Annual report of the Bengal Veterinary College and of the Civil Veterinary Department, Bengal, for the year 1909-1910 - 1909-1910
Year: 1909
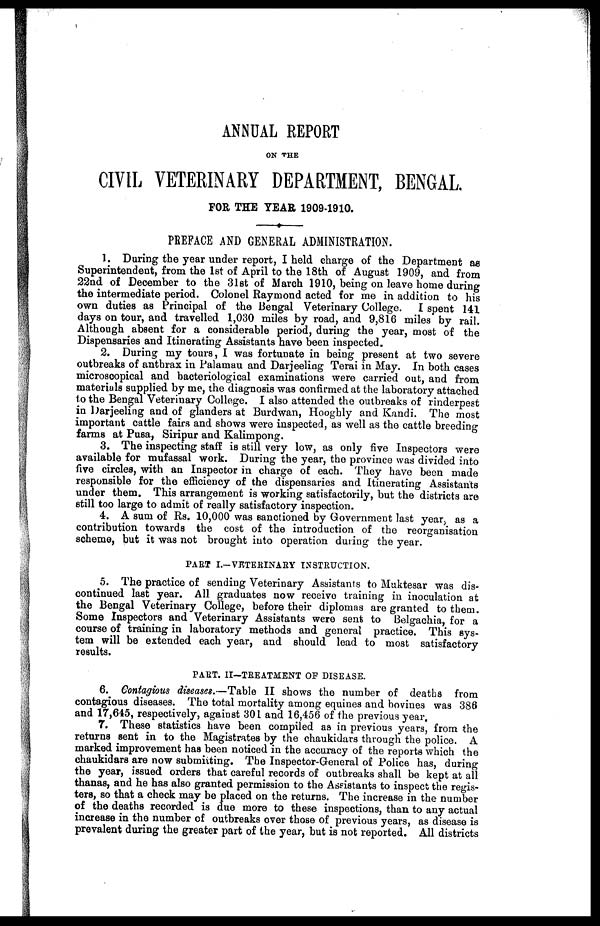
ANNUAL REPORT
ON THE
CIVIL VETERINARY DEPARTMENT, BENGAL
FOR THE YEAR 1909-1910.
PREFACE AND GENERAL ADMINISTRATION.
1. During the year under report, I held charge of the Department as
Superintendent, from the 1st of April to the 18th of August 1909, and from
22nd of December to the 31st of March 1910, being on leave home during
the intermediate period. Colonel Raymond acted for me in addition to his
own duties as Principal of the Bengal Veterinary College. I spent 141
days on tour, and travelled 1,030 miles by road, and 9,816 miles by rail.
Although absent for a considerable period, during the year, most of the
Dispensaries and Itinerating Assistants have been inspected.
2. During my tours, I was fortunate in being present at two severe
outbreaks of anthrax in Palamau and Darjeeling Terai in May. In both cases
microscopical and bacteriological examinations were carried out, and from
materials supplied by me, the diagnosis was confirmed at the laboratory attached
to the Bengal Veterinary College. I also attended the outbreaks of rinderpest
in Darjeeling and of glanders at Burdwan, Hooghly and Kandi. The most
important cattle fairs and shows were inspected, as well as the cattle breeding
farms at Pusa, Siripur and Kalimpong.
3. The inspecting staff is still very low, as only five Inspectors were
available for mufassal work. During the year, the province was divided into
five circles, with an Inspector in charge of each. They have been made
responsible for the efficiency of the dispensaries and Itinerating Assistants
under them. This arrangement is working satisfactorily, but the districts are
still too large to admit of really satisfactory inspection.
4. A sum of Rs. 10,000 was sanctioned by Government last year, as a
contribution towards the cost of the introduction of the reorganisation
scheme, but it was not brought into operation during the year.
PART I.-VETERINARY INSTRUCTION.
5. The practice of sending Veterinary Assistants to Muktesar was dis-
continued last year. All graduates now receive training in inoculation at
the Bengal Veterinary College, before their diplomas are granted to them.
Some Inspectors and Veterinary Assistants were sent to Belgachia, for a
course of training in laboratory methods and general practice. This sys-
tem will be extended each year, and should lead to most satisfactory
results.
PART. II-TREATMENT OF DISEASE.
6. Contagious diseases.—Table II shows the number of deaths from
contagious diseases. The total mortality among equines and bovines was 386
and 17,645, respectively, against 301 and 16,456 of the previous year.
7. These statistics have been compiled as in previous years, from the
returns sent in to the Magistrates by the chaukidars through the police. A
marked improvement has been noticed in the accuracy of the reports which the
chaukidars are now submitting. The Inspector-General of Police has, during
the year, issued orders that careful records of outbreaks shall be kept at all
thanas, and he has also granted permission to the Assistants to inspect the regis-
ters, so that a check may be placed on the returns. The increase in the number
of the deaths recorded is due more to these inspections, than to any actual
increase in the number of outbreaks over those of previous years, as disease is
prevalent during the greater part of the year, but is not reported. All districts